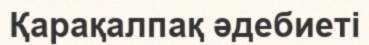
Қарақалпақ әдебиеті